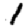
Digit: 1